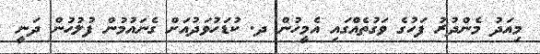
މިއަދު މެންދުރު ފަހުގެ ވަގުތެއްގައި އެމީހުން ދ. ކުޑަހުވަދުއަށް ގެނައުމުން ފުލުހުން ދަނީ